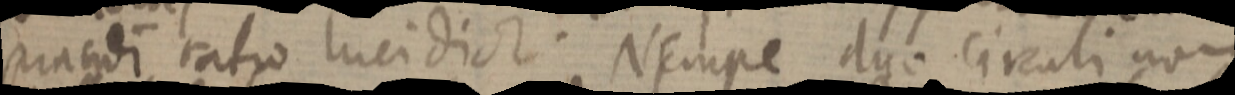
strandi ratio lucidior. Nempe duo circuli non